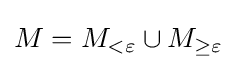
M=M_{<\varepsilon }\cup M_{\geq \varepsilon }